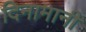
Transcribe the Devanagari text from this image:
दिनामानी